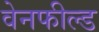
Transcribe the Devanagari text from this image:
वेनफील्ड